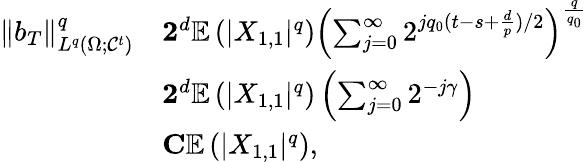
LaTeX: \begin{array}{rl}{\| b_{T}\| _{L^{q}(\Omega;\mathcal{C}^{t})}^{q}}&{\le 2^{d}\mathbb{E}\left(|X_{1,1}|^{q}\right)\left(\sum_{j=0}^{\infty}2^{jq_{0}(t-s+\frac{d}{p})/2}\right)^{\frac{q}{q_{0}}}}\\ &{\le 2^{d}\mathbb{E}\left(|X_{1,1}|^{q}\right)\left(\sum_{j=0}^{\infty}2^{-j\gamma}\right)}\\ &{\le C\mathbb{E}\left(|X_{1,1}|^{q}\right),}\end{array}